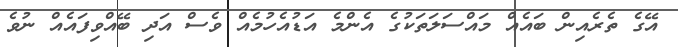
އޭގެ ތެރެއިން ބައެއް މައްސަލަތަކުގެ އެންމެ އަޑުއެހުމެއް ވެސް އަދި ބޭއްވިފައެއް ނުވެ